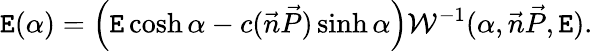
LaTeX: \mathtt{E}(\alpha)=\left(\mathtt{E}\cosh\alpha-c(\vec{{n}}\vec{{P}})\sinh\alpha\right){\cal{W}}^{-1}(\alpha,\vec{{n}}\vec{{P}},\mathtt{E}).